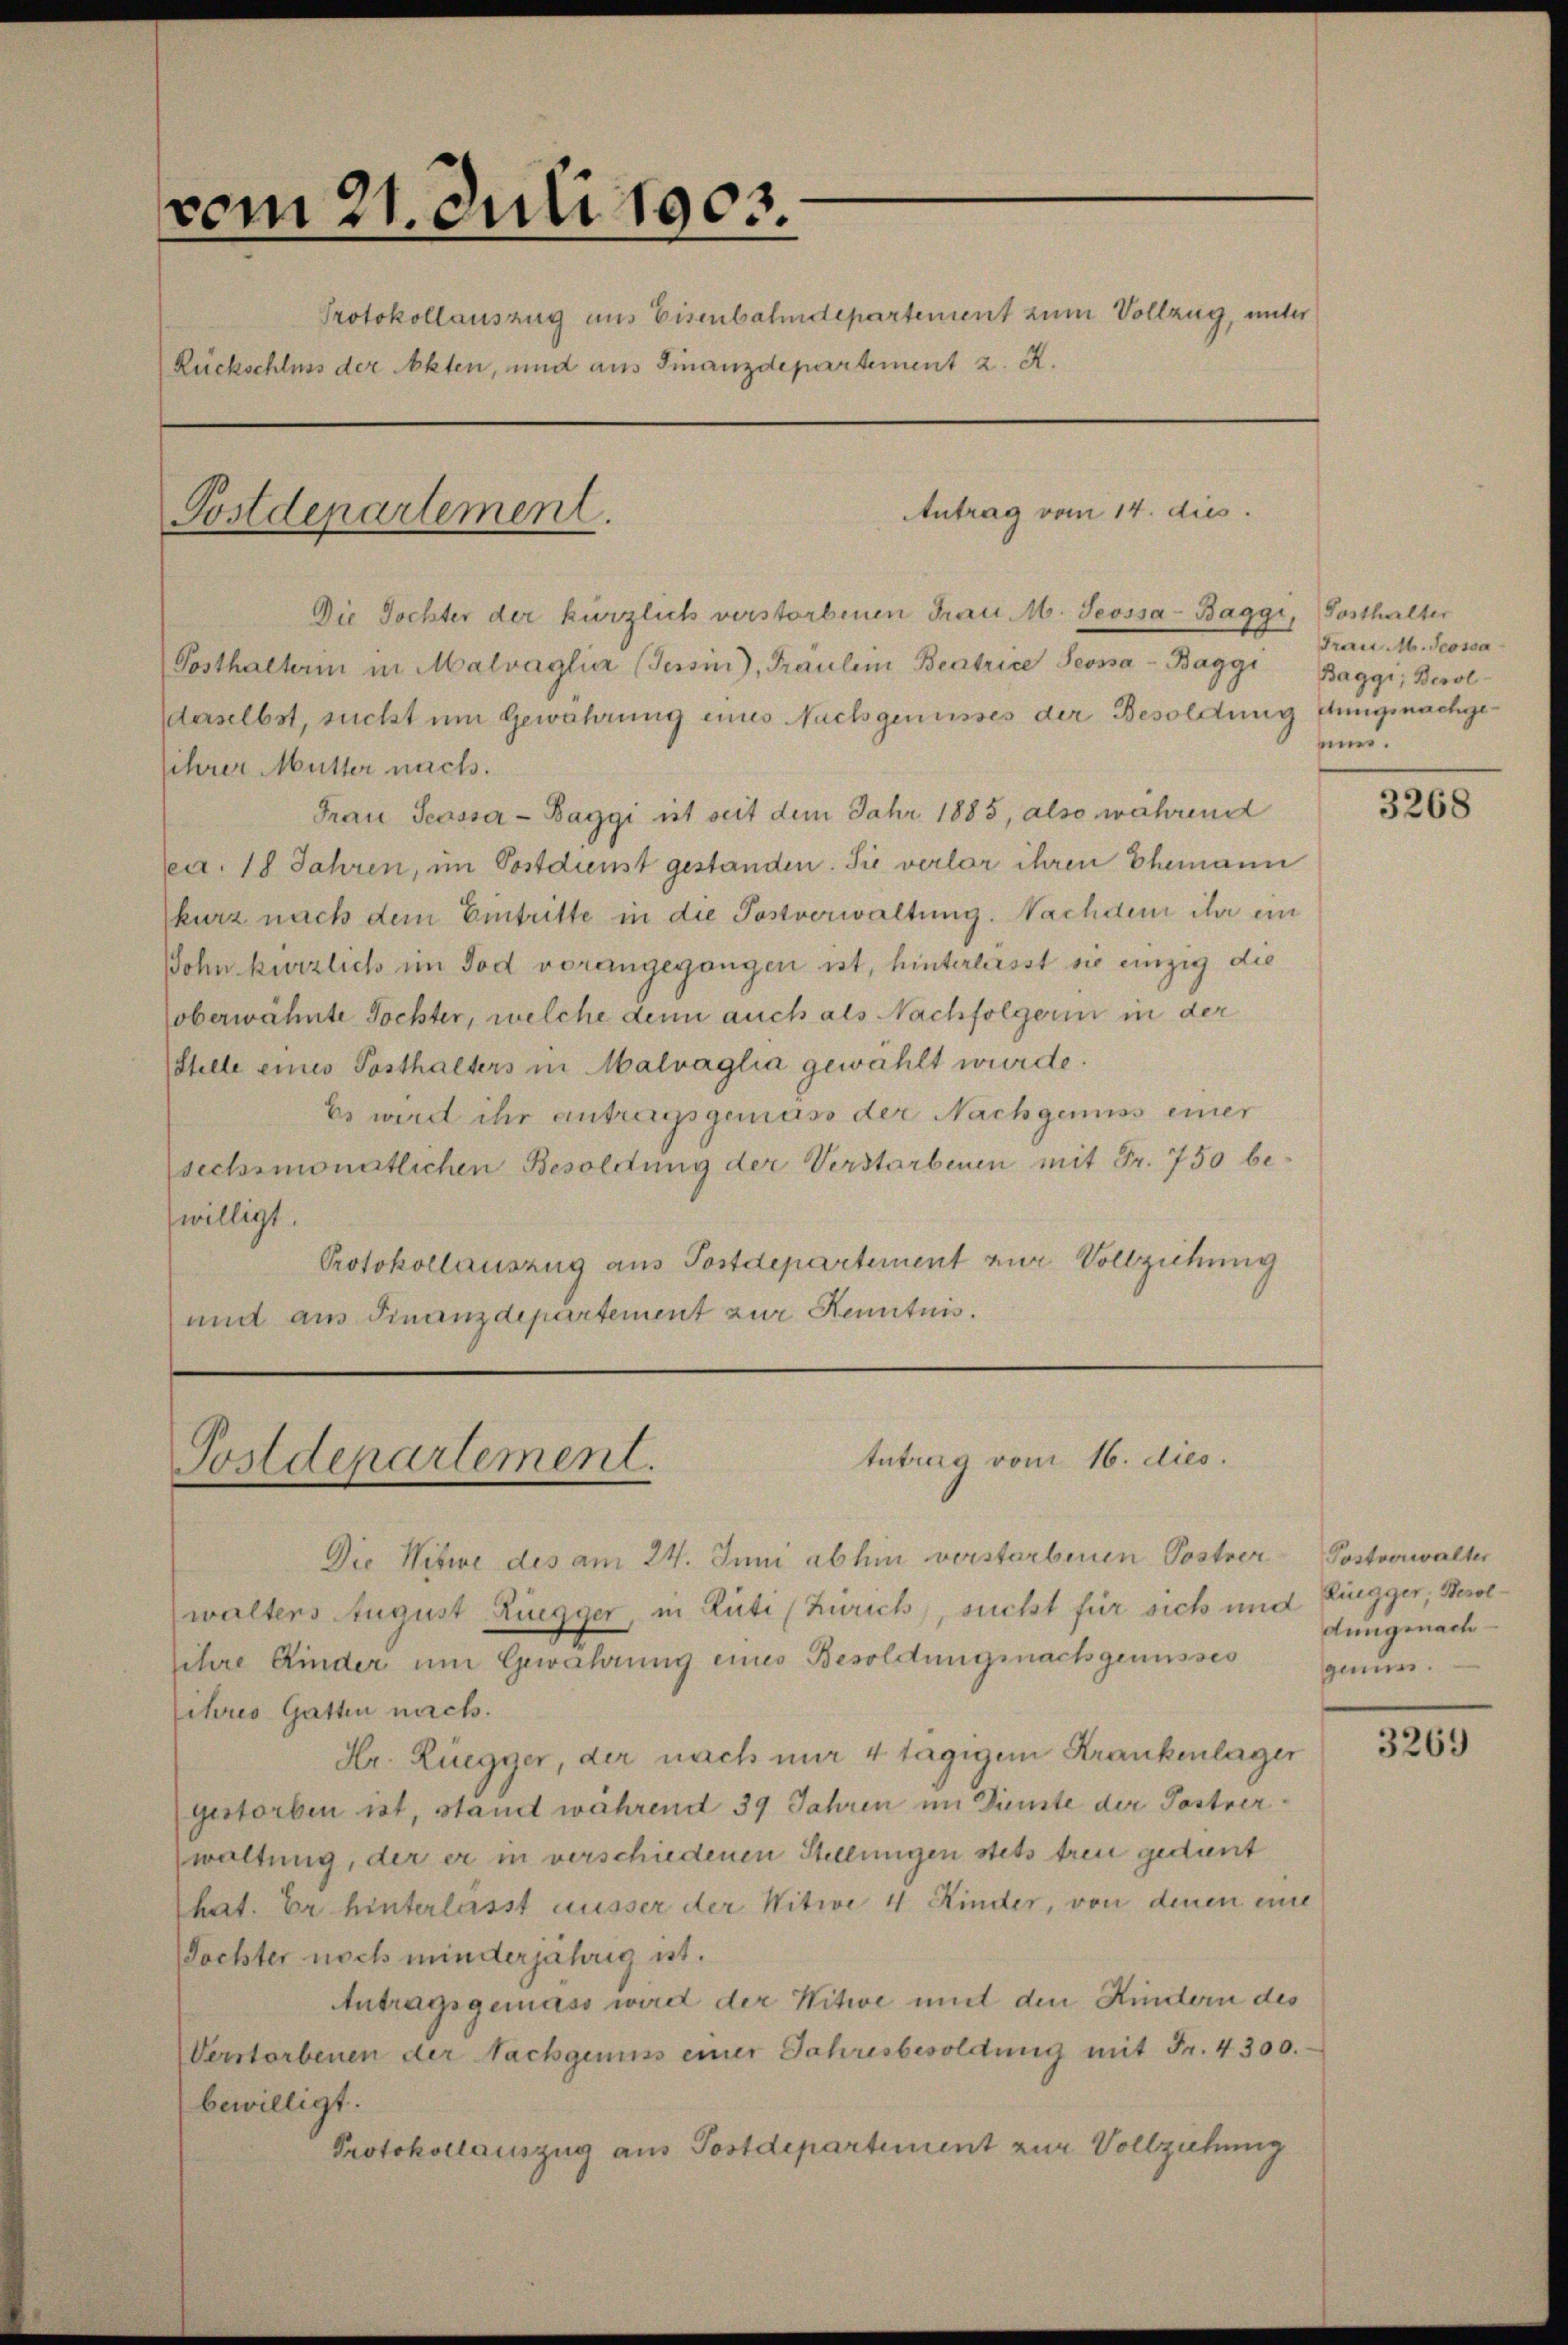
vom 21. Juli 1903.
Protokollauszug aus Eisenbahndepartement zum Vollzug, unter
Rückschluss der Akten, und aus Finanzdepartement z. R.

Die Tochter der kürzlich verstorbenen Frau M. Teossa-Baggi, Posthalter
Posthalterin in Malvaglia (Tessin), Traulein Beatrice Seona-Baggi Baggi, Besol
derselbst, sucht um Gewahrung eines Nachgenusses der Besoldung stung nachgeihrer Mutter nach.
Frau Scossa - Baggi ist seit dem Jahr 1885, also während
ec. 18 Jahren, im Postdienst gestanden. Sie verlor ihren Ehemann
kurz nach dem Eintritte in die Postverwaltung. Nachdem ihr ein
Sohn kürzlich im Tod vorangegangen ist, hinterlasst sie einzig die
oberwähnte Tochter, welche denn auch als Nachfolgerin in der
Stelle eines Posthalters in Malvaglia gewählt wurde.
Es wird ihr antragsgemäss der Nachgenuss einer
sechsmonatlichen Besoldung der Verstarbenen mit Fr. 750 be-
willigt.
Protokollauszug aus Postdepartement zur Vollziehung
und aus Finanzdepartement zur Kenntnis.

Postdepartement.

Die Witwe des am 24. Juni abhin verstarbenen Postrer Postverwalter
waltens August Rüegger, in Rüti (Zürich, sucht für sich und Zingger, Besollihre Kinder um Gewahrung eines Besoldungsnachgenusses
ihres Gatten nach.
Hr. Rüegger, der nach nur 4 tägigem Krankenlager
gestorben ist, stand während 39 Jahren im Dienste der Postverwaltung, der er in verschiedenen Stellungen stets treu gedient
hat. Er hinterlasst ausser der Witwe 4 Kinder, von denen eine
Tochter noch minderjährig ist.
Antragsgemäss wird der Witwe mit den Kindern des
Verstorbenen der Nachgenuss einer Jahresbesoldung mit Fr. 4300.
bewilligt.
Protokollauszug aus Postdepartement zur Vollziehung

Antrag vom 14. dies

tntrag vom 16. dies.
Postdepartement.

Frau M. Peossa
sens.

3268

dungsnach
gann.

3269